Vaccination in the Punjab 1883-1896 - 1883-1896
Year: 1883
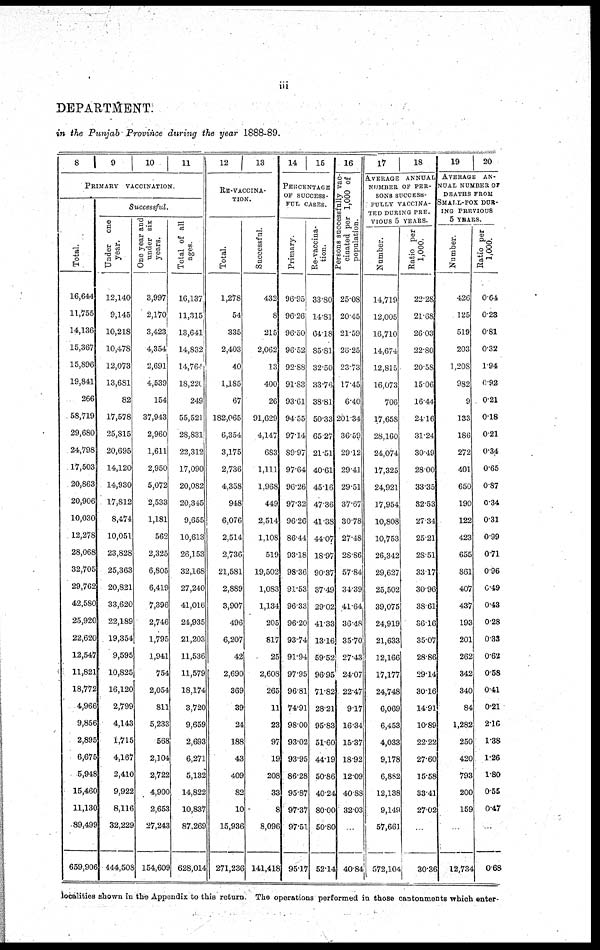
iii
DEPARTMENT.
in the Punjab Province during the year 1888-89.
8
9
10
11
PRIMARY VACCINATION
Total.
16,644
11,755
14,136
15,367
15,896
19,841
266
58,719
29,680
24,798
17,503
20,863
20,906
10,030
12,278
28,068
32,705
29,762
42,580
25,920
22,620
12,547
11,821
18,772
4,966
9,856
2,895
6,675
5,948
15,460
11,130
89,499
659,906
Successful.
Under one
year.
12,140
9,145
10,218
10,478S
12,073
13,681
82
17,578
25,815
20,695
14,120
14,930
17,812
8,474
10,051
23,828
25,363
20,821
33,620
22,189
19,354
9,595
10,825
16,120
2,799
4,143
1,715
4,167
2,410
9,922
8,116
32,229
444,508
| One year and
under six
years.
3,997
2,170
3,423
4,354
2,691
4,539
154
37,943
2,960
1,611
2,950
5,072
2,533
1,181
562
2,325
6,805
6,419
7,396
2,746
1,795
],941
754
2,054
811
5,233
568
2,104
2,722
4,900
2,653
27,243
154,609
Total of all
ages.
16,137
11,315
13,641
14,832
14,764
18,220
249
55,521
28.831
22,312
17,090
20,082
20,345
9,655
10,613
26,153
32,168
27,240
41,016
24,935
21,203
11,536
11,579
18,174
3,720
9,659
2,693
6,271
5,132
14,822
lO,837
87,269
628,014
12
13
RE-VACCINA-
----.
Total.
1,278
54
335
2,403
40
1,185
67
182,065
6,354
3,375
2,736
4,358
948
6,076
2,514
2,736
21,581
2,889
3,907
496
6,207
42
2,690
369
39
24
188
43
409
82
10
15,936
271,236
Successful.
432
8
215
2,062
13
400
26
91,629
4,147
683
1,111
1,968
449
2,514
1,108
519
19,502
1,083
1,134
205
817
25
2,608
265
11
23
97
19
208
33
8
8,096
141,418
14
15
PERCENTAGE
OF SUCCESS-
--- CASES.
Primary.
96.93
96.26
96.50
96.52
92.88
91.83
93.61
94.55
97.14
89.97
97.64
96.26
97.32
96.26
86.44
93.18
98.36
91.53
96.33
96.20
93.74
91.94
97.95
96.81
74.91
98.00
93.02
93.95
86.28
95.87
97.37
97.51
95.17
Re-vaccina-
tion.
33.80
14.81
64.18
85.81
32.50
33.76
38.81
50.33
65.27
21.51
40.61
45.16
47.36
41.38
44.07
18.97
90.37
37.49
29.02
41.33
13.16
59.52
96.95
71.82
28.21
95.83
51.60
44.19
50.86
40.24
80.00
50.80
52.14
16
Percentage
vac¬
cinated per 1,000 of
population.
25.08
20.45
21.59
26.25
23.73
17.45
6.40
201.34
36.59
29.12
29.41
29.51
37.67
30.78
27.48
28.86
57.84
34.39
41.64
36.48
35.70
27.43
24.07
22.47
9.17
16.34
15.37
18.92
12.09
40.88
32.03
...
40.84
17
18
AVERAGE ANNUAL
NUMBER OF PER¬
SON SUCCESS-
----- VACCINA¬
TED DURING PER¬
VIOUS 5 YEARS
Number.
14,719
12,005
16,710
14,674
12,815
16,073
706
17,658
28,160
24,074
17,325
24,921
17,954
10,808
10,753
26,342
29,627
25,502
39,075
24,919
21,633
12,166
17,177
24,748
6,069
6,453
4,033
9,178
6,8S2
12,138
9,149
57,661
572,104
Ratio per
1,000.
22.28
21.68
26.03
22.80
20.58
15.06
16.44
24.16
31.24
30.49
28.00
33.35
82.53
27.34
25.21
28.51
33.17
30.96
38.61
36.16
35.07
28.86
29.14
30.16
14.91
10.89
22.22
27.60
15.58
33.41
27.02
...
30.36
19
20
AVERAGE AN-
NUAL MUMBER OF
DEATHS FROM
SMALL-POX DUR-
--- PERVIOUS
5 YEARS.
Number.
426
125
519
203
1,208
982
9
133
186
272
401
650
190
122
423
655
861
407
437
193
201
262
342
340
84
1,282
250
420
793
200
159
...
12,734
Ratio per
1,000.
0.64
0.23
0.81
0.32
1.94
0.92
0.21
0.18
0.21
0.34
0.65
0.87
0.34
0.31
0.99
0.71
0.96
0.49
0.43
0.28
0.33
0.62
0.58
0.41
0.21
2.10
1.38
1.26
1.80
0.55
0.47
...
0.68
localities shown in the Appendix to this return. The operations performed in those cantonments which enter-